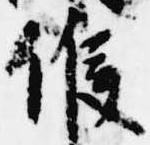
候